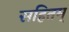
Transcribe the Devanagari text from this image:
सहितम्